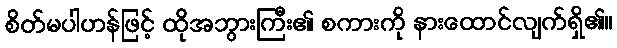
စိတ်မပါဟန်ဖြင့် ထိုအဘွားကြီး၏ စကားကို နားထောင်လျက်ရှိ၏။